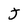
Character: J